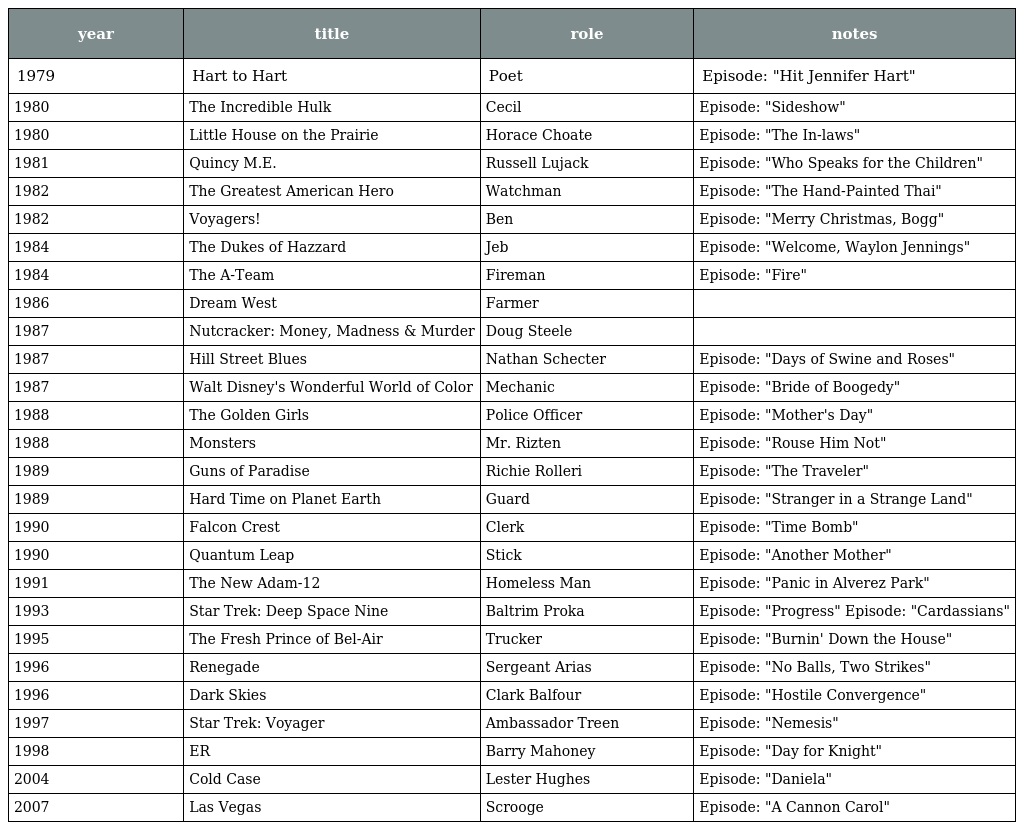
| year | title | role | notes |
 | --- | --- | --- | --- |
 | 1979 | Hart to Hart | Poet | Episode: "Hit Jennifer Hart" |
 | 1980 | The Incredible Hulk | Cecil | Episode: "Sideshow" |
 | 1980 | Little House on the Prairie | Horace Choate | Episode: "The In-laws" |
 | 1981 | Quincy M.E. | Russell Lujack | Episode: "Who Speaks for the Children" |
 | 1982 | The Greatest American Hero | Watchman | Episode: "The Hand-Painted Thai" |
 | 1982 | Voyagers! | Ben | Episode: "Merry Christmas, Bogg" |
 | 1984 | The Dukes of Hazzard | Jeb | Episode: "Welcome, Waylon Jennings" |
 | 1984 | The A-Team | Fireman | Episode: "Fire" |
 | 1986 | Dream West | Farmer |  |
 | 1987 | Nutcracker: Money, Madness & Murder | Doug Steele |  |
 | 1987 | Hill Street Blues | Nathan Schecter | Episode: "Days of Swine and Roses" |
 | 1987 | Walt Disney's Wonderful World of Color | Mechanic | Episode: "Bride of Boogedy" |
 | 1988 | The Golden Girls | Police Officer | Episode: "Mother's Day" |
 | 1988 | Monsters | Mr. Rizten | Episode: "Rouse Him Not" |
 | 1989 | Guns of Paradise | Richie Rolleri | Episode: "The Traveler" |
 | 1989 | Hard Time on Planet Earth | Guard | Episode: "Stranger in a Strange Land" |
 | 1990 | Falcon Crest | Clerk | Episode: "Time Bomb" |
 | 1990 | Quantum Leap | Stick | Episode: "Another Mother" |
 | 1991 | The New Adam-12 | Homeless Man | Episode: "Panic in Alverez Park" |
 | 1993 | Star Trek: Deep Space Nine | Baltrim Proka | Episode: "Progress" Episode: "Cardassians" |
 | 1995 | The Fresh Prince of Bel-Air | Trucker | Episode: "Burnin' Down the House" |
 | 1996 | Renegade | Sergeant Arias | Episode: "No Balls, Two Strikes" |
 | 1996 | Dark Skies | Clark Balfour | Episode: "Hostile Convergence" |
 | 1997 | Star Trek: Voyager | Ambassador Treen | Episode: "Nemesis" |
 | 1998 | ER | Barry Mahoney | Episode: "Day for Knight" |
 | 2004 | Cold Case | Lester Hughes | Episode: "Daniela" |
 | 2007 | Las Vegas | Scrooge | Episode: "A Cannon Carol" |